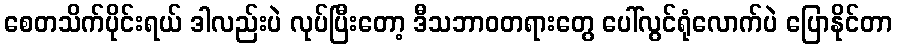
စေတသိက်ပိုင်းရယ် ဒါလည်းပဲ လုပ်ပြီးတော့ ဒီသဘာဝတရားတွေ ပေါ်လွင်ရုံလောက်ပဲ ပြောနိုင်တာ